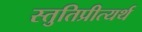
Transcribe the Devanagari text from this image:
स्तुतिप्रीत्यर्थ